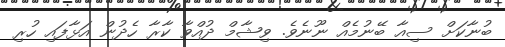
ބުނާކަށް ސިއާ ބޭނުމެއް ނޫނެވެ. ވިޝާމް ދުއްވާ ކާރާ ހެދުން އަޅާފައި ހުރި